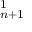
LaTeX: \mathbf { \Pi } _ { n + 1 } ^ { 1 }